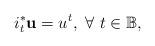
LaTeX: \begin{align*}i_t^* \mathbf u=u^t, \ \forall\ t\in\mathbb B,\end{align*}